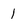
Character: 1